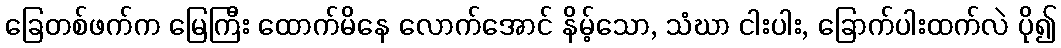
ခြေတစ်ဖက်က မြေကြီး ထောက်မိနေ လောက်အောင် နိမ့်သော, သံဃာ ငါးပါး, ခြောက်ပါးထက်လဲ ပို၍